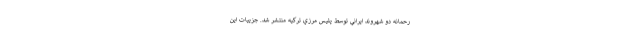
رحمانه دو شهروند ايراني توسط پليس مرزي تركيه منتشر شد. جزييات اين